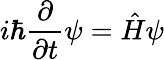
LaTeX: i\hbar{\frac{\partial}{\partial t}}\psi={\hat{H}}\psi